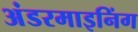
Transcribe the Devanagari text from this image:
अंडरमाइनिंग